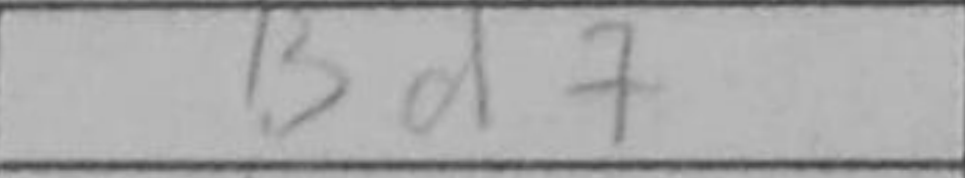
Transcription: Bd7